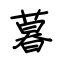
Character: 暮